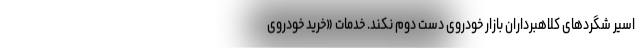
اسیر شگردهای کلاهبرداران بازار خودروی دست دوم نکند. خدمات «خرید خودروی